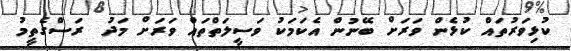
ކުޅިވަރުތައް ކުޅެން ވަރަށް ބޭނުން އެކަމަކު ވަސީލަތްތައް ވަރަށް މަދު  ރަސްގެތީމު